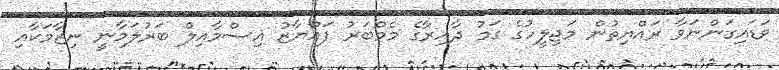
ވަޑައިގަންނަވާ ރައްޔިތުން މަޖިލީހުގެ ގަމު ދާއިރާގެ މެމްބަރު ފައްޔާޒު އިސްމާއިލް ބަރުލަމާނީ ނިޒާމަކާއި